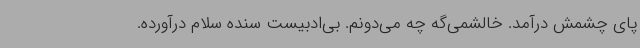
پای چشمش درآمد. خالشمی‌گه چه می‌دونم. بی‌ادبیست سنده سلام درآورده.